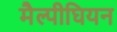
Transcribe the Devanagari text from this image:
मैल्पीघियन